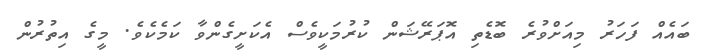
ބައެއް ފަހަރު މިއަށްވުރެ ބޮޑެތި އޮޕަރޭޝަން ކުރުމަކީވެސް އެކަށީގެންވާ ކަމެކެވެ. މީގެ އިތުރުން